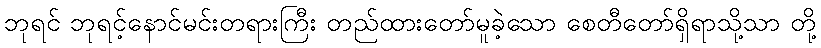
ဘုရင် ဘုရင့်နောင်မင်းတရားကြီး တည်ထားတော်မူခဲ့သော စေတီတော်ရှိရာသို့သာ တို့